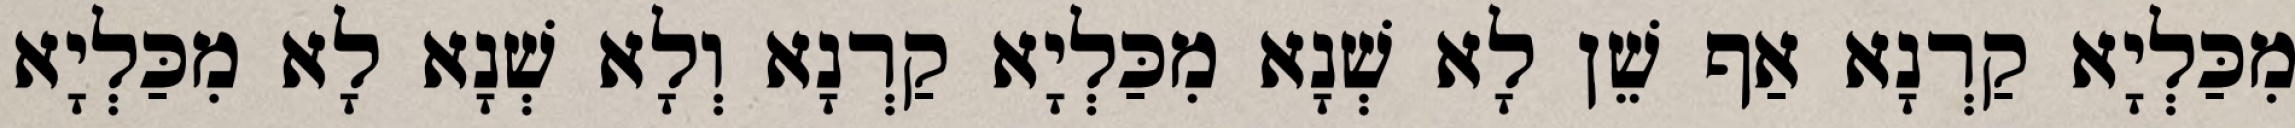
מִכַּלְיָא קַרְנָא אַף שֵׁן לָא שְׁנָא מִכַּלְיָא קַרְנָא וְלָא שְׁנָא לָא מִכַּלְיָא